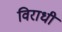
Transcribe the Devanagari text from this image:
विराधी